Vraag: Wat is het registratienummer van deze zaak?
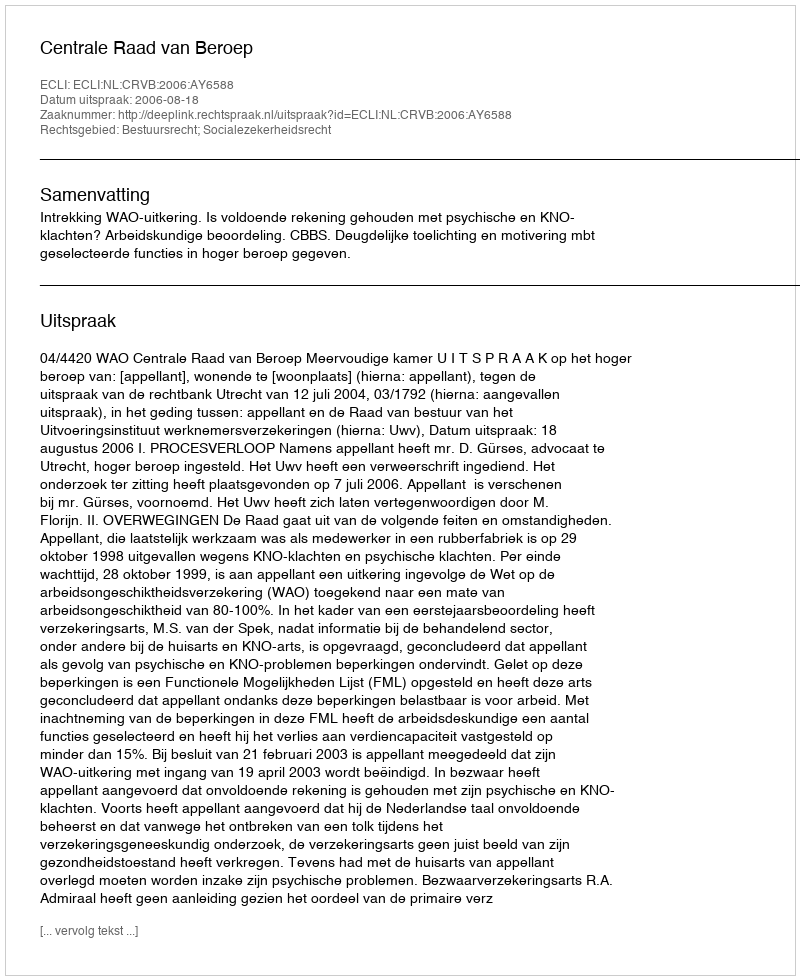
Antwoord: http://deeplink.rechtspraak.nl/uitspraak?id=ECLI:NL:CRVB:2006:AY6588